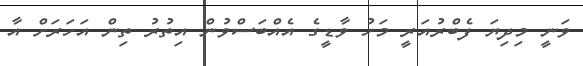
ވަނީ މިދިޔަ ފެބްރުއަރީ މަހު ވާޑީގެ އެއްބަސްވުން އިތުރު ތިން އަހަރަށް އާ